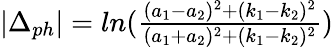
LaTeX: \begin{array}{r}{|\Delta_{ph}|=ln(\frac{(a_{1}-a_{2})^{2}+(k_{1}-k_{2})^{2}}{(a_{1}+a_{2})^{2}+(k_{1}-k_{2})^{2}})}\end{array}